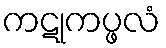
ကဋုကပ္ဖလံ